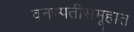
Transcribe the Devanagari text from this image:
वनस्पतीसमूहात